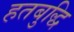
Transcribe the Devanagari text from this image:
हतबुद्धि